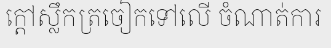
ក្តៅស្លឹកត្រចៀកទៅលើ ចំណាត់ការ